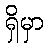
ရှိမှာ